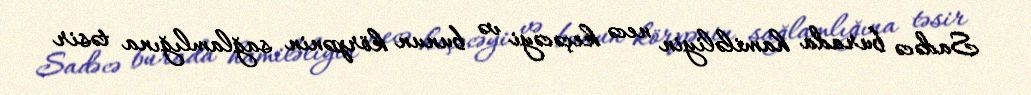
Sadəcə burada hamiləliyin necə keçəcəyi və bunun körpənin sağlamlığına təsir